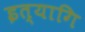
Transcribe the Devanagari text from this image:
इत्यागि